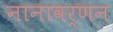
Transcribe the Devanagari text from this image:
नानावर्णन